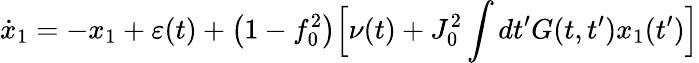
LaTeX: \dot{x}_{1}=-x_{1}+\varepsilon(t)+\big(1-f_{0}^{2}\big)\Big[\nu(t)+J_{0}^{2}\int dt^{\prime}G(t,t^{\prime})x_{1}(t^{\prime})\Big]